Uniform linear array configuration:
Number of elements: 64
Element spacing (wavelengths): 0.75
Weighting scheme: binomial
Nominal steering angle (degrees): -60
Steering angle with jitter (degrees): -60.601
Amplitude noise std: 0.05
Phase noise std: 0.05

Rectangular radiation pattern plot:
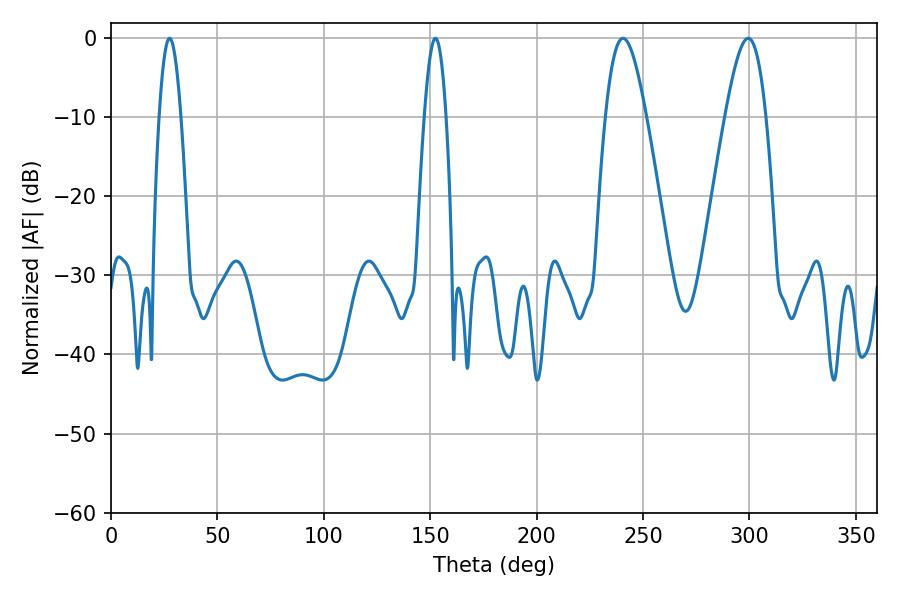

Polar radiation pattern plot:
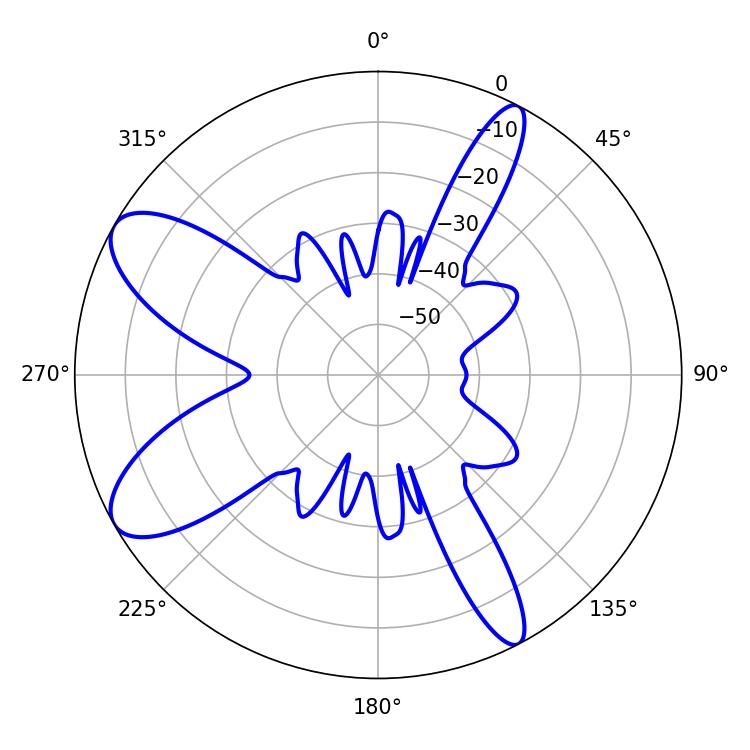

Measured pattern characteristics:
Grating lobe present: TRUE
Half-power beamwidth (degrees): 5.58
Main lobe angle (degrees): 27.54